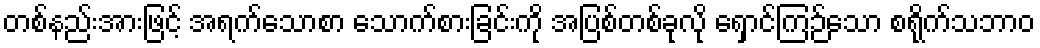
တစ်နည်းအားဖြင့် အရက်သောစာ သောက်စားခြင်းကို အပြစ်တစ်ခုလို ရှောင်ကြဉ်သော စရိုက်သဘာဝ